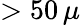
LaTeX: >50\, \mu